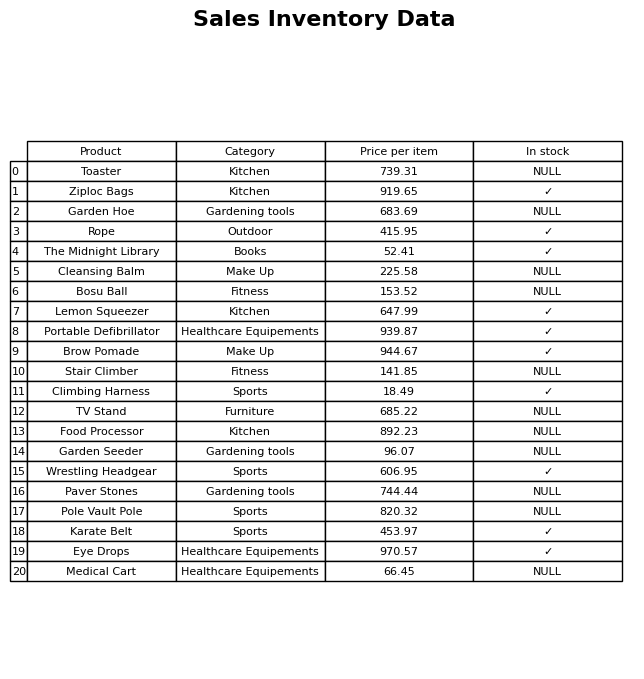
question: What is the price of the Bosu Ball?
answer: The price of Bosu Ball is 153.52.